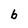
Character: b